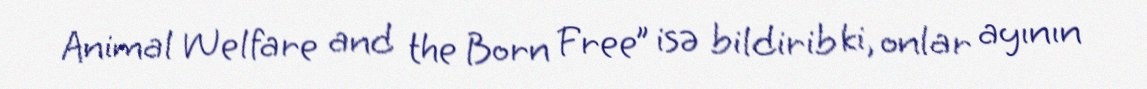
Animal Welfare and the Born Free” isə bildirib ki, onlar ayının